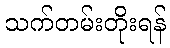
သက်တမ်းတိုးရန်